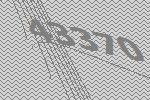
43370